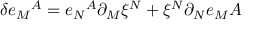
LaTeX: \delta e _ { M } { } ^ { A } = e _ { N } { } ^ { A } \partial _ { M } \xi ^ { N } + \xi ^ { N } \partial _ { N } e _ { M } { A }